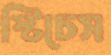
স্টিচেস